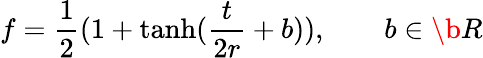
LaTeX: f=\frac 12(1+\operatorname{tanh}(\frac{t}{2r}+b)),\qquad b\in\b{R}